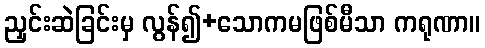
ညှင်းဆဲခြင်းမှ လွန်၍+သောကမဖြစ်မီသာ ကရုဏာ။